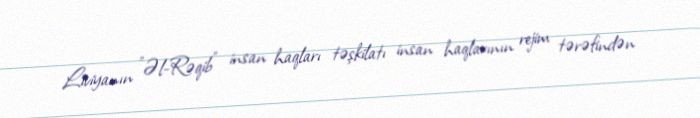
Liviyanın "Əl-Rəqib" insan haqları təşkilatı insan haqlarının rejim tərəfindən